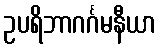
ဥပရိဘာဂင်္ဂမနီယာ